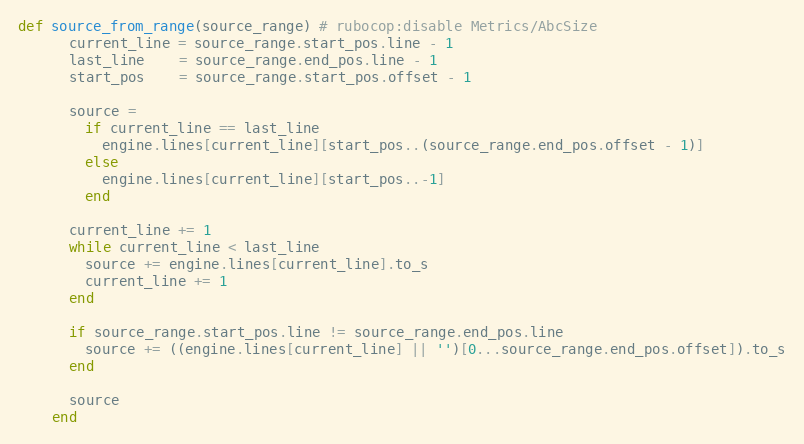
Language: Ruby
def source_from_range(source_range) # rubocop:disable Metrics/AbcSize
      current_line = source_range.start_pos.line - 1
      last_line    = source_range.end_pos.line - 1
      start_pos    = source_range.start_pos.offset - 1

      source =
        if current_line == last_line
          engine.lines[current_line][start_pos..(source_range.end_pos.offset - 1)]
        else
          engine.lines[current_line][start_pos..-1]
        end

      current_line += 1
      while current_line < last_line
        source += engine.lines[current_line].to_s
        current_line += 1
      end

      if source_range.start_pos.line != source_range.end_pos.line
        source += ((engine.lines[current_line] || '')[0...source_range.end_pos.offset]).to_s
      end

      source
    end